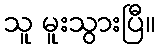
သူ မူးသွားပြီ။